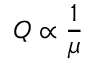
Q \propto \frac { 1 } { \mu }